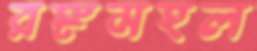
রঙ্গমহল